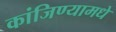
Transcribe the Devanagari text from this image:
कांजिण्यामधे